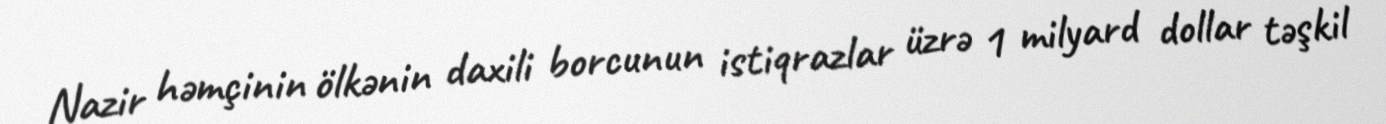
Nazir həmçinin ölkənin daxili borcunun istiqrazlar üzrə 1 milyard dollar təşkil